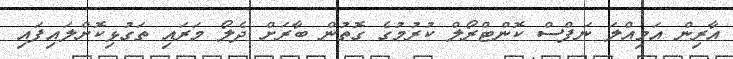
އާރިން އަމިއްލަ ނަފްސް ކޮންޓްރޯލް ކުރުމުގެ ގޮތުން ބާރަށް ދެލޯ މަރައި ތަގުޅިކޮށްލައިފައި